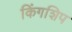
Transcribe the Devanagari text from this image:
किंगशिप